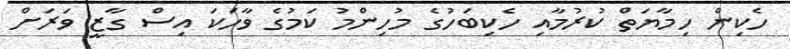
ހެކިން ހިމާޔަތް ކުރުމާއި ހެކިބަހުގެ މުހިންމު ކަމުގެ ވާހަކަ އިސް ގާޒީ ވަރަށް